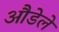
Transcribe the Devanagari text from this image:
औडेले